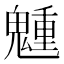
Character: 𩴂